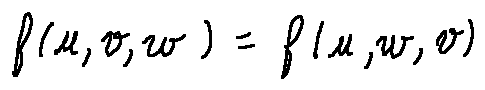
f ( u , v , w ) = f ( u , w , v )